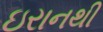
ઇરાનથી